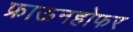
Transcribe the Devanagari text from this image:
फ्राऊनहोफर